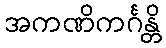
အကဏိကင်္ဂန္တိ